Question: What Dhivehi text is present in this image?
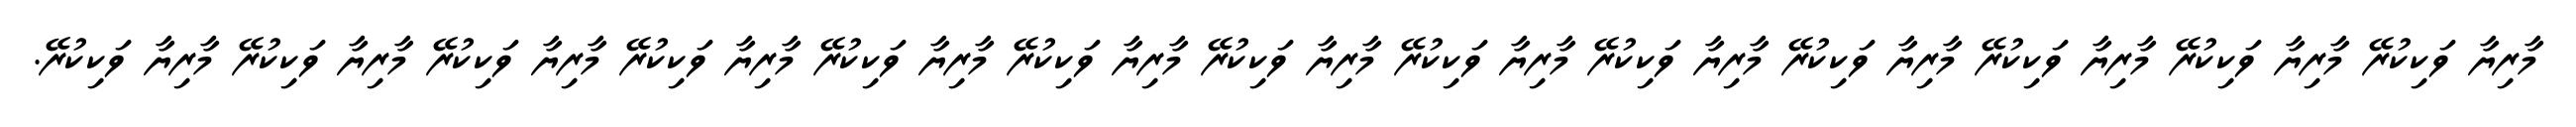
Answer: މާރިޔާ ވަކިކުރޭ މާރިޔާ ވަކިކުރޭ މާރިޔާ ވަކިކުރޭ މާރިޔާ ވަކިކުރޭ މާރިޔާ ވަކިކުރޭ މާރިޔާ ވަކިކުރޭ މާރިޔާ ވަކިކުރޭ މާރިޔާ ވަކިކުރޭ މާރިޔާ ވަކިކުރޭ މާރިޔާ ވަކިކުރޭ މާރިޔާ ވަކިކުރޭ މާރިޔާ ވަކިކުރޭ މާރިޔާ ވަކިކުރޭ.